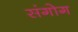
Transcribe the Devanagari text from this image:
संगोग